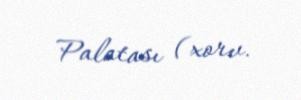
Palatası (xorv.